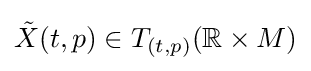
{\tilde {X}}(t,p)\in T_{(t,p)}(\mathbb {R} \times M)